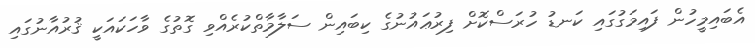
އެބައިމީހުން ފައިމަގުގައި ކަނޑު ހުރަސްކޮށް ފިރުޢައުނުގެ ކިބައިން ސަލާމާތްކުރެއްވި ގޮތުގެ ވާހަކައަކީ ޤުރުއާނުގައި